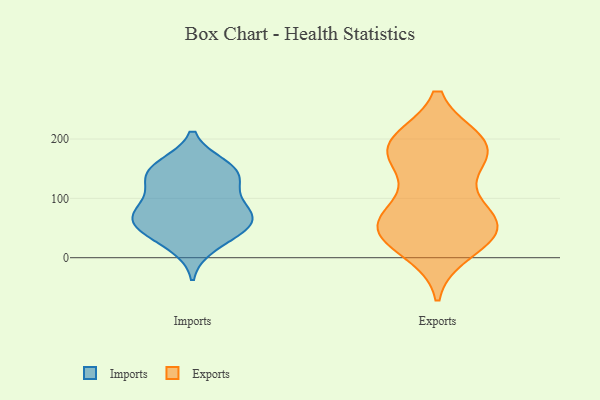
{"axis": {"x": "Population (Million)", "y": "Value"}, "legend": ["Exports", "Imports"], "data": [{"x": "", "y": 61, "type": "Imports"}, {"x": "", "y": 48, "type": "Imports"}, {"x": "", "y": 150, "type": "Imports"}, {"x": "", "y": 20, "type": "Imports"}, {"x": "", "y": 127, "type": "Imports"}, {"x": "", "y": 130, "type": "Imports"}, {"x": "", "y": 90, "type": "Imports"}, {"x": "", "y": 146, "type": "Imports"}, {"x": "", "y": 75, "type": "Imports"}, {"x": "", "y": 79, "type": "Imports"}, {"x": "", "y": 155, "type": "Imports"}, {"x": "", "y": 44, "type": "Imports"}, {"x": "", "y": 64, "type": "Imports"}, {"x": "", "y": 13, "type": "Exports"}, {"x": "", "y": 182, "type": "Exports"}, {"x": "", "y": 195, "type": "Exports"}, {"x": "", "y": 191, "type": "Exports"}, {"x": "", "y": 175, "type": "Exports"}, {"x": "", "y": 38, "type": "Exports"}, {"x": "", "y": 71, "type": "Exports"}, {"x": "", "y": 193, "type": "Exports"}, {"x": "", "y": 50, "type": "Exports"}, {"x": "", "y": 89, "type": "Exports"}, {"x": "", "y": 151, "type": "Exports"}, {"x": "", "y": 59, "type": "Exports"}, {"x": "", "y": 58, "type": "Exports"}, {"x": "", "y": 32, "type": "Exports"}, {"x": "", "y": 186, "type": "Exports"}, {"x": "", "y": 46, "type": "Exports"}]}